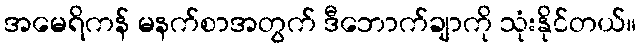
အမေရိကန် မနက်စာအတွက် ဒီဘောက်ချာကို သုံးနိုင်တယ်။